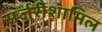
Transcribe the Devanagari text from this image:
सर्जरीशामिल